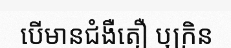
បើមានជំងឺតឿ ឬក្រិន